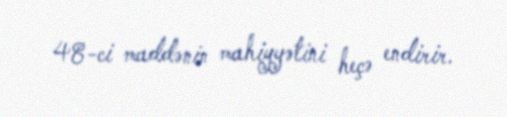
48-ci maddənin mahiyyətini heçə endirir.